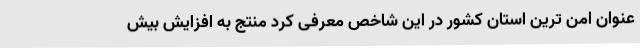
عنوان امن ترین استان کشور در این شاخص معرفی کرد منتج به افزایش بیش